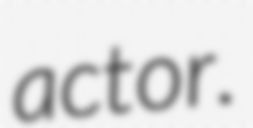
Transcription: actor.